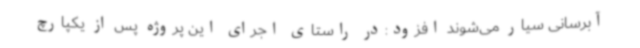
آبرسانی سیار می‌شوند افزود:در راستای اجرای این پروژه پس از یکپارچ